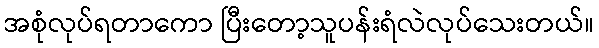
အစုံလုပ်ရတာကော ပြီးတော့သူပန်းရံလဲလုပ်သေးတယ်။